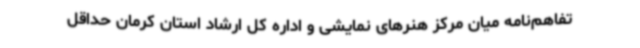
تفاهم‌نامه میان مرکز هنرهای نمایشی و اداره کل ارشاد استان کرمان حداقل